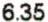
6.35